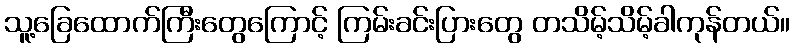
သူ့ခြေထောက်ကြီးတွေကြောင့် ကြမ်းခင်းပြားတွေ တသိမ့်သိမ့်ခါကုန်တယ်။